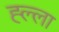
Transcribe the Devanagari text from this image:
ह्ल्ला